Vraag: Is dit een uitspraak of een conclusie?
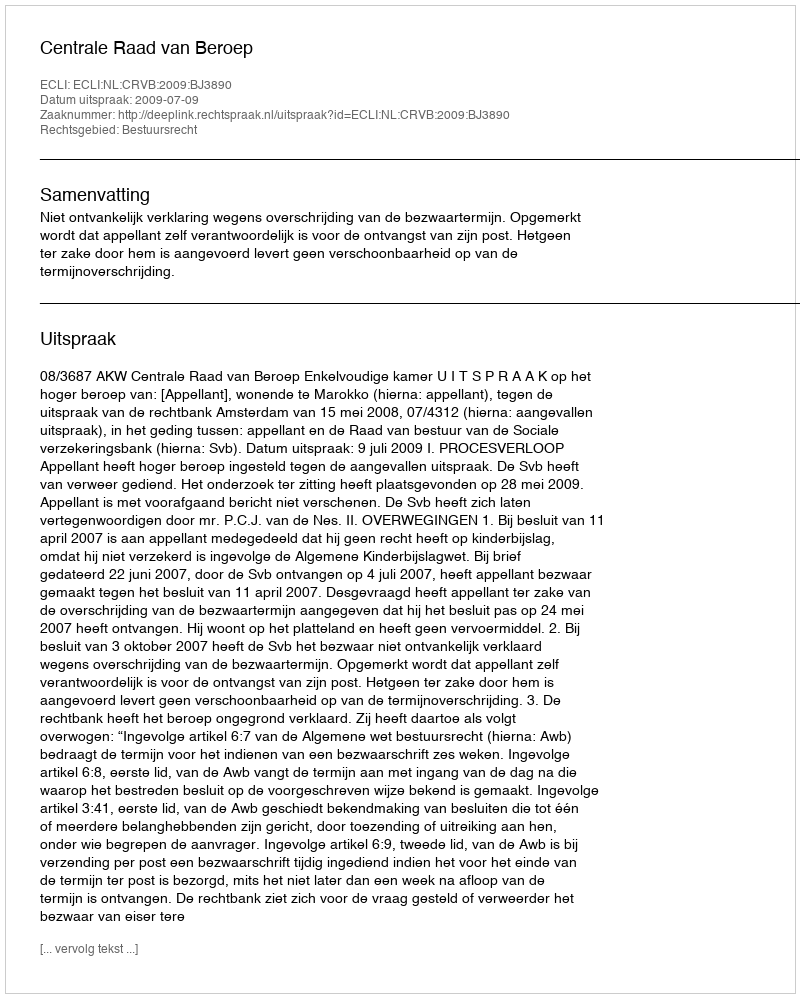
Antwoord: Uitspraak